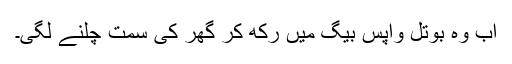
اب وہ بوتل واپس بیگ میں رکھ کر گھر کی سمت چلنے لگی۔